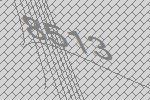
8513